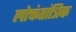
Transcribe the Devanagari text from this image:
लोक्तंतांत्रिक